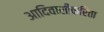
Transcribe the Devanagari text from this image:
आदिवासींकरिता